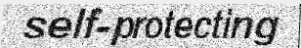
self-protecting